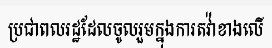
ប្រជាពលរដ្ឋដែលចូលរួមក្នុងការតវ៉ាខាងលើ